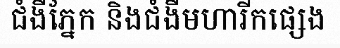
ជំងឺភ្នែក និងជំងឺមហារីកផ្សេង